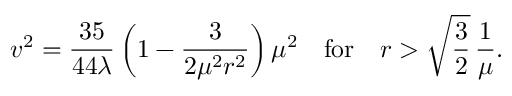
v ^ { 2 } = \frac { 3 5 } { 4 4 \lambda } \left( 1 - \frac { 3 } { 2 \mu ^ { 2 } r ^ { 2 } } \right) \mu ^ { 2 } \quad \mathrm { f o r } \quad r > \sqrt { \frac { 3 } { 2 } } \, \frac { 1 } { \mu } .